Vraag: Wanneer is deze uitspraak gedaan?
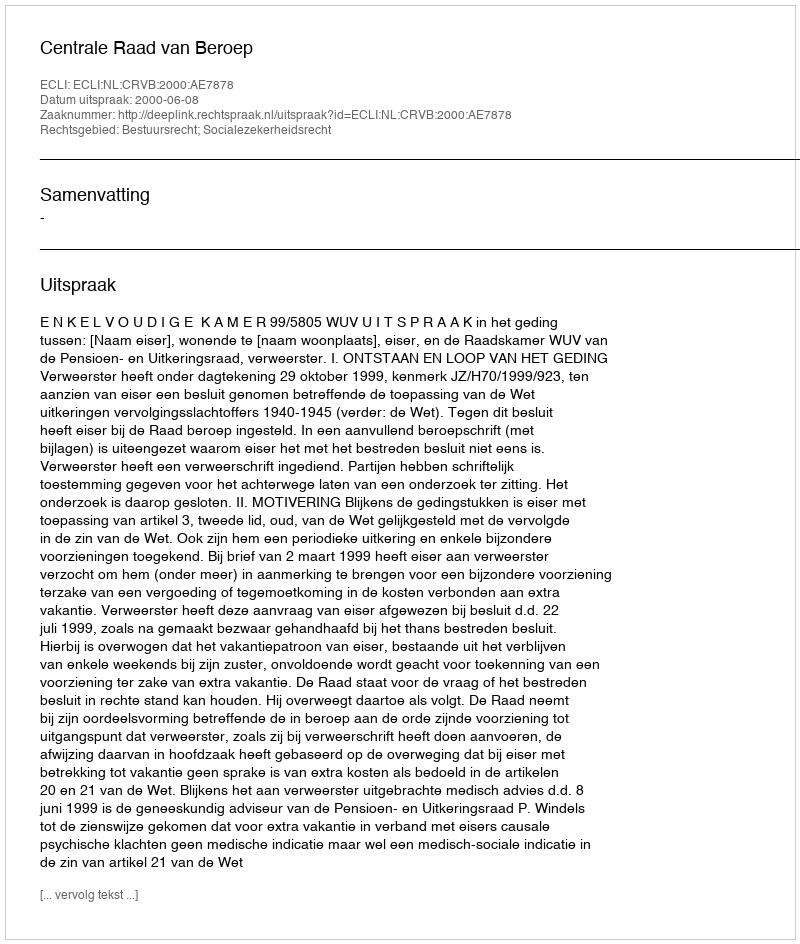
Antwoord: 2000-06-08